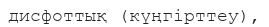
дисфоттық (күңгірттеу),